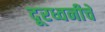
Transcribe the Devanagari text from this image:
दूरध्वनीचे